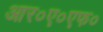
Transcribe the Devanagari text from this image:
आर०ए०एफ०